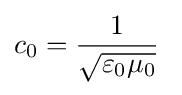
c_{0}={1 \over {\sqrt {\varepsilon _{0}\mu _{0}}}}\